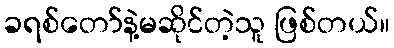
ခရစ်တော်နဲ့မဆိုင်တဲ့သူ ဖြစ်တယ်။